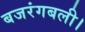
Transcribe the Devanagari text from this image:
बजरंगबली।